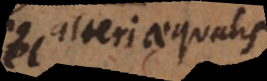
alteri aequalis